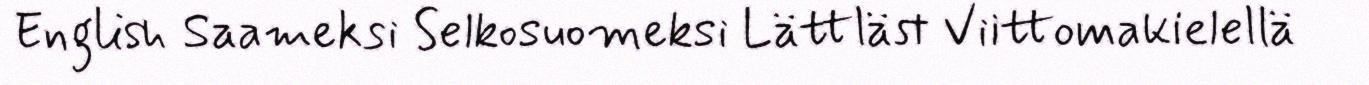
English Saameksi Selkosuomeksi Lättläst Viittomakielellä